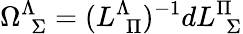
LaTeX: \Omega_{\ \ \Sigma}^{\Lambda}=(L_{\ \ \Pi}^{\Lambda})^{-1}dL_{\ \ \Sigma}^{\Pi}